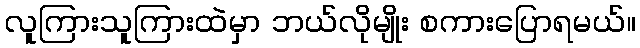
လူကြားသူကြားထဲမှာ ဘယ်လိုမျိုး စကားပြောရမယ်။